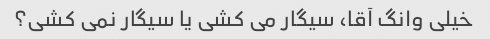
خیلی وانگ آقا، سیگار می کشی یا سیگار نمی کشی؟